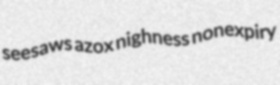
seesaws azox nighness nonexpiry